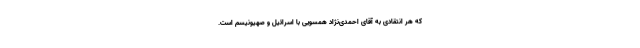
که هر انتقادی به آقای احمدی‌نژاد همسویی با اسرائیل و صهیونیسم است.